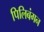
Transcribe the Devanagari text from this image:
पिलिबंगन